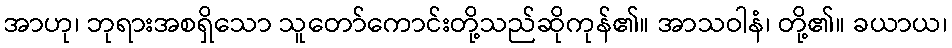
အာဟု၊ ဘုရားအစရှိသော သူတော်ကောင်းတို့သည်ဆိုကုန်၏။ အာသဝါနံ၊ တို့၏။ ခယာယ၊